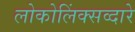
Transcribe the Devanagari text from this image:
लोकोलिंक्सव्दारे